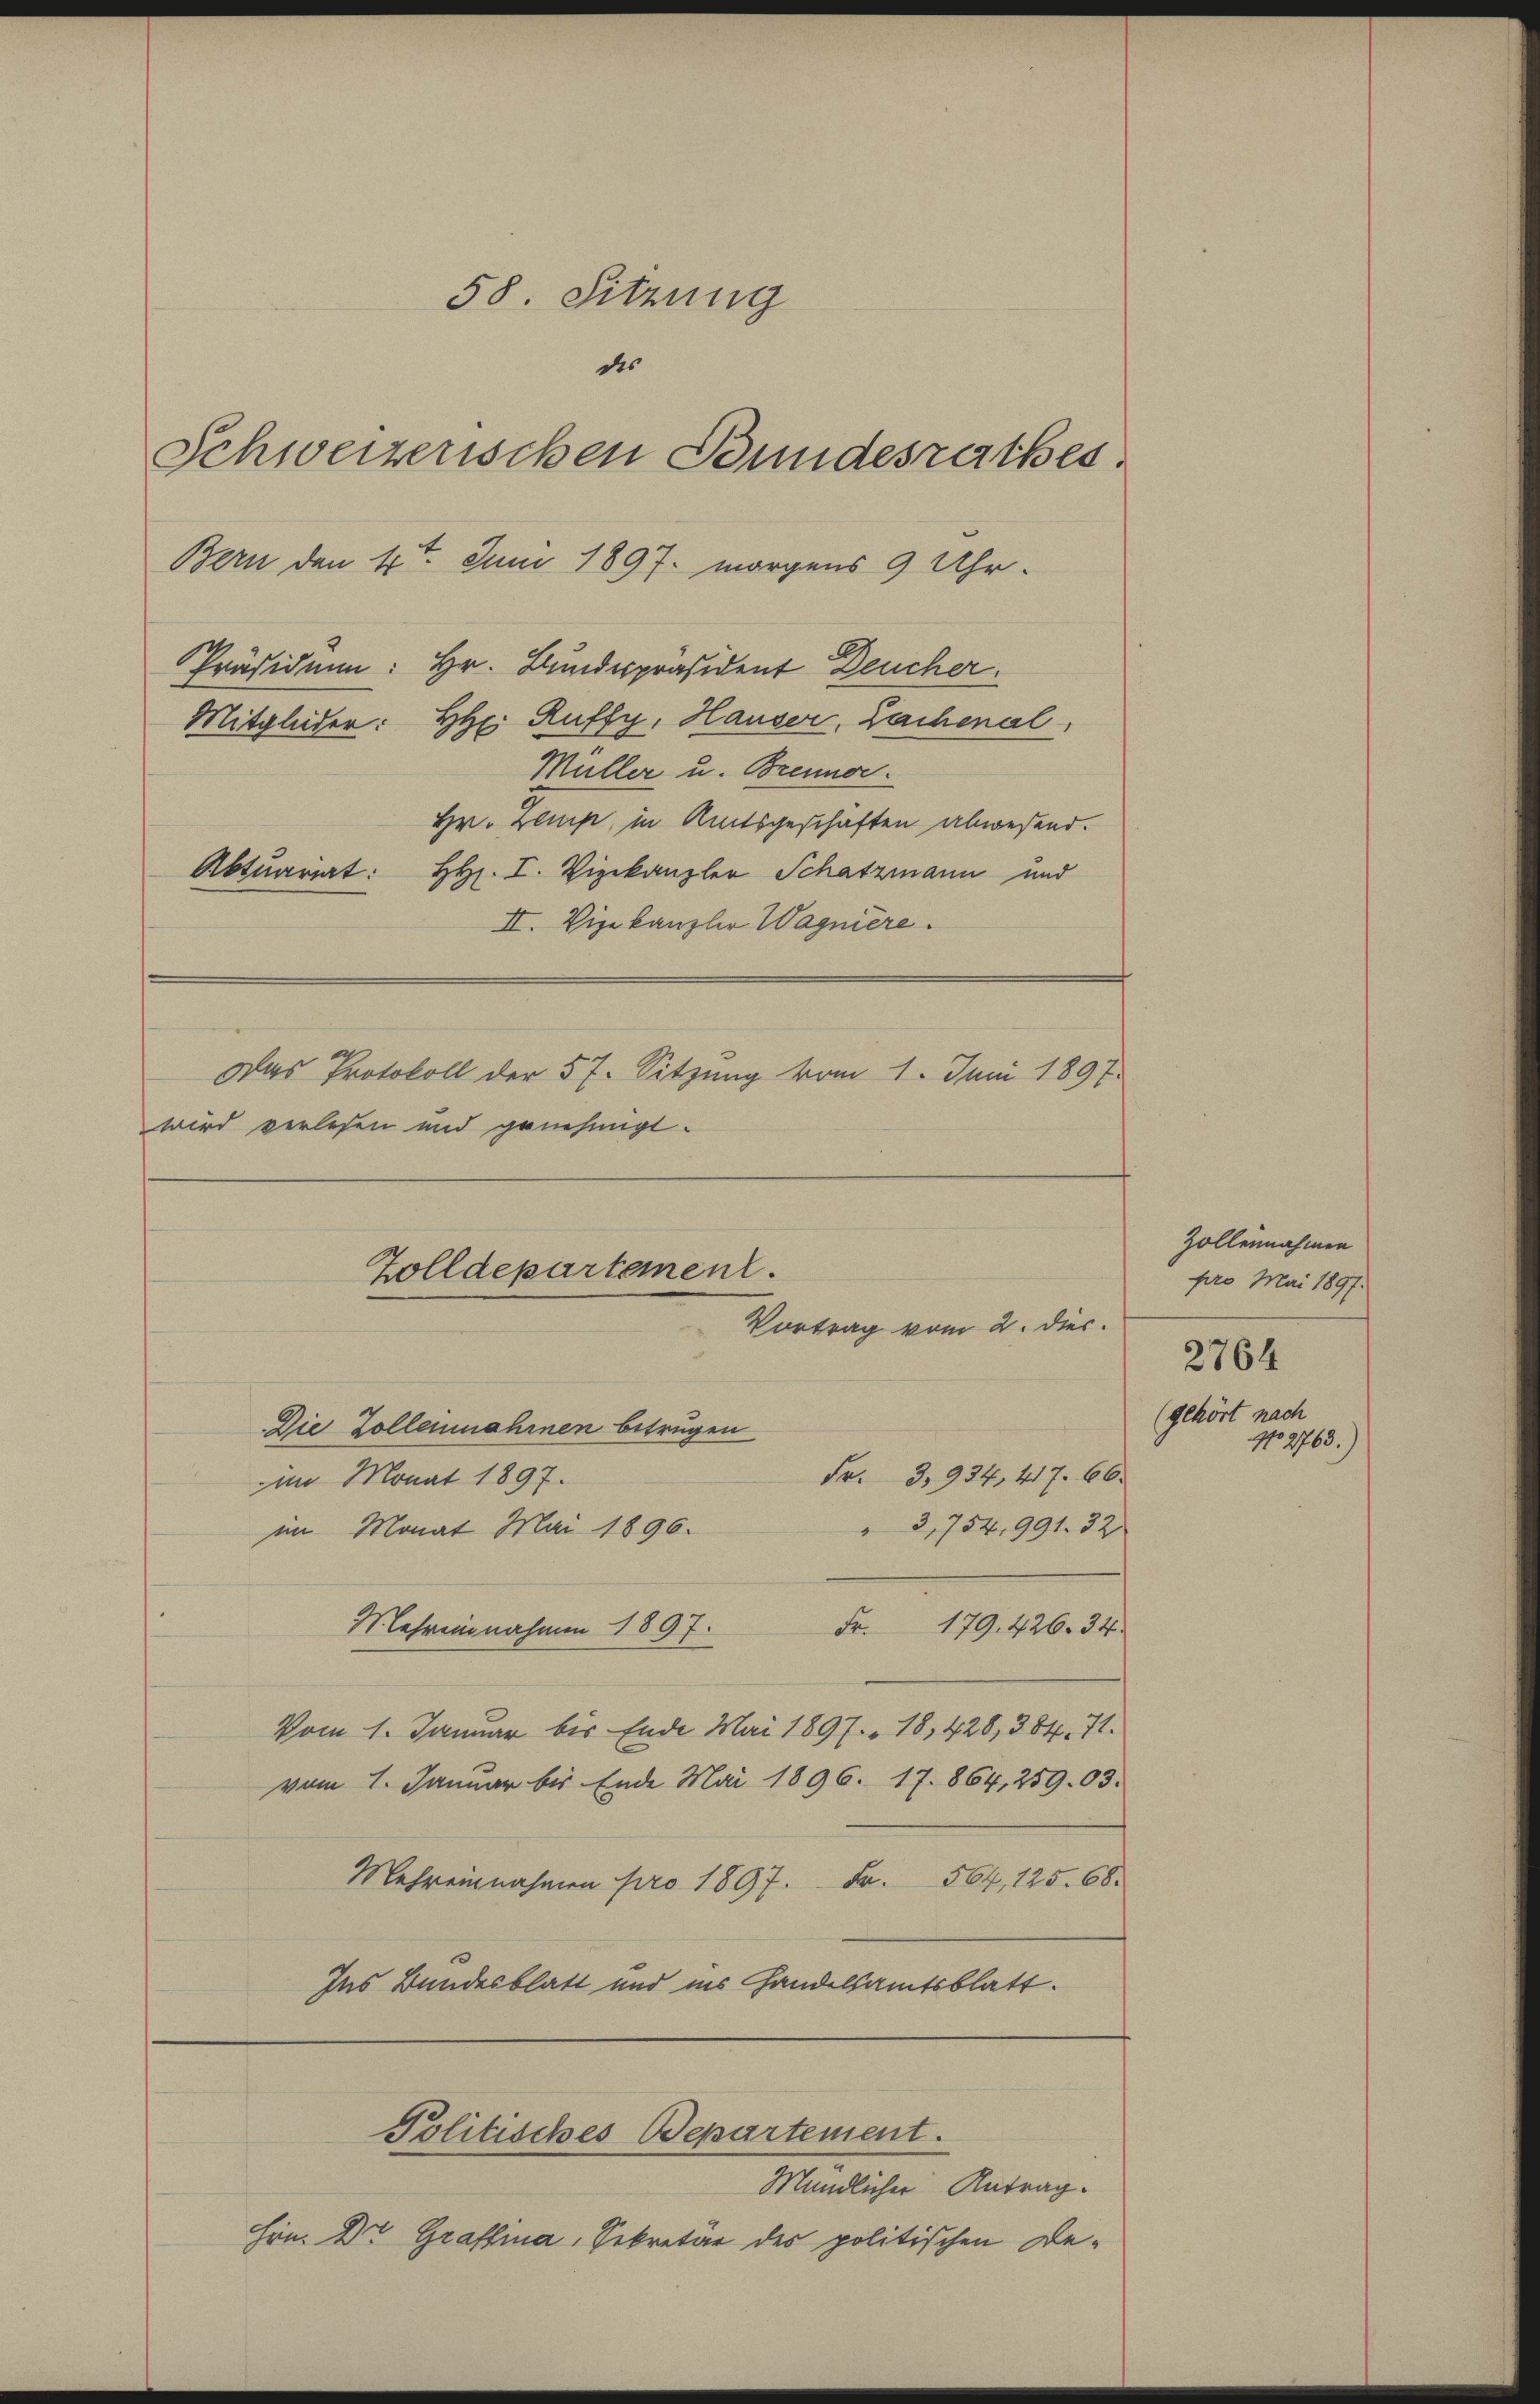
58. Sitzung
des
Schweizerischen Bundesrathes
Bern den 4t. Juni 1897. morgens 9 Uhr-
Präsiden: Hr. Bundespräsident Deucher.
Mitglieder: Hr. Ruffy, Hauser, Lachenal,
Müller u. Brenner.
Hr. Lenz, in Amtsgeschaften abwesend.
Aktuariat: H. I. Vizekanzler Schatzmann und

wird verlesen und genehmigt.

II. Vizekanzler Wagniere.

Das Protokoll der 57. Sitzung vom 1. Juni 1897.

Zolldepartement.
Vortrag vom 2. dies

Die Zolleinnahmen betrugen
Fr. 3,934, 417. 66.
im Monat 1897.
 3,754, 991. 32
im Monat Mai 1896.
Fr. 179. 426. 34.
Mehreinnahmen 1897.
Vom 1. Januar bis Ende Mai 1897. 18, 420, 384. 71.
vom 1. Januar bis Ende Mai 1896. 17. 864, 259. 03.
Mehreinnahmen pro 1897. Fr. 564, 125. 68.
Ins Bundesblatt und ins Handelsamtsblatt.

Mündlicher Antrag.
Hrn. Dr Graffina, Sekretär des politischen De¬

Politisches Departement.

Zollennahmen
pro Mai 1897.
2764
(gehört nach
No 2763.)